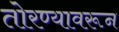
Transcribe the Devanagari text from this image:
तोरण्यावरून